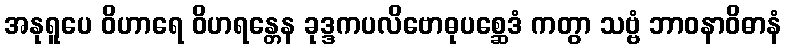
အနုရူပေ ဝိဟာရေ ဝိဟရန္တေန ခုဒ္ဒကပလိဗောဓုပစ္ဆေဒံ ကတွာ သဗ္ဗံ ဘာဝနာဝိဓာနံ